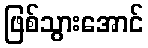
ဖြစ်သွားအောင်